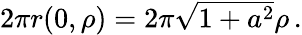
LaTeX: \textstyle 2\pi r(0,\rho)=2\pi{\sqrt{1+a^{2}}}\rho\, .